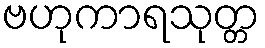
ဗဟုကာရသုတ္တ